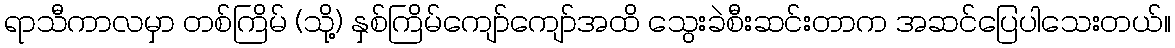
ရာသီကာလမှာ တစ်ကြိမ် (သို့) နှစ်ကြိမ်ကျော်ကျော်အထိ သွေးခဲစီးဆင်းတာက အဆင်ပြေပါသေးတယ်။